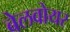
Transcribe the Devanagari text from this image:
बेलवोयर